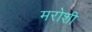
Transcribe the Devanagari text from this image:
मरोशी